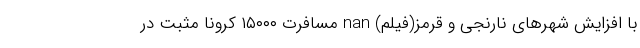
با افزایش شهرهای نارنجی و قرمز(فیلم) nan مسافرت ۱۵۰۰۰ کرونا مثبت در